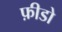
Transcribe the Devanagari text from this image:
फ़ीडो